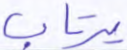
يرتاب